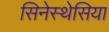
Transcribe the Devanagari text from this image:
सिनेस्थेसिया